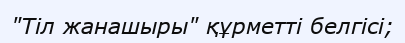
"Тіл жанашыры" құрметті белгісі;